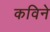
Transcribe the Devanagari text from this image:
कविने